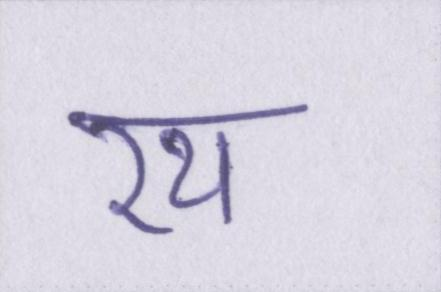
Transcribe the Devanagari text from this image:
रथ